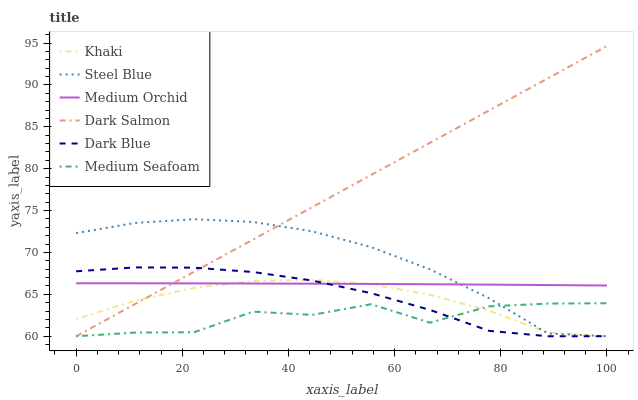
| xaxis_label | Khaki | Steel Blue | Medium Orchid | Dark Salmon | Dark Blue | Medium Seafoam |
 | --- | --- | --- | --- | --- | --- | --- |
 | 0 | 62.1 | 72.3 | 66.3 | 60 | 67.8 | 60 |
 | 11.1 | 64.3 | 73.5 | 66.3 | 63.9 | 68.2 | 60.4 |
 | 22.2 | 65.8 | 74 | 66.3 | 67.7 | 68.2 | 60.5 |
 | 33.3 | 66.6 | 73.6 | 66.3 | 71.6 | 67.7 | 62.9 |
 | 44.4 | 66.7 | 72.5 | 66.3 | 75.4 | 66.7 | 62.5 |
 | 55.6 | 66.2 | 70.6 | 66.2 | 79.3 | 65.1 | 63.8 |
 | 66.7 | 65 | 68 | 66.2 | 83.1 | 63.1 | 61.6 |
 | 77.8 | 63 | 64.5 | 66.2 | 87 | 60.6 | 63.6 |
 | 88.9 | 60.4 | 60.3 | 66.1 | 90.8 | 60 | 63.9 |
 | 100 | 60 | 60 | 66.1 | 94.7 | 60 | 63.9 |